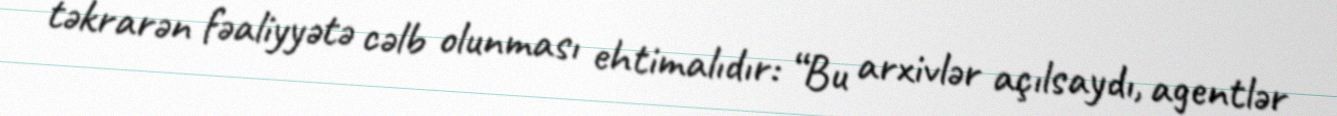
təkrarən fəaliyyətə cəlb olunması ehtimalıdır: “Bu arxivlər açılsaydı, agentlər